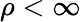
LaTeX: \rho<\infty